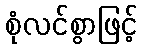
စုံလင်စွာဖြင့်